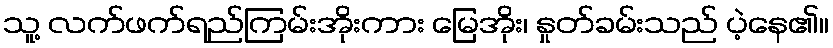
သူ့ လက်ဖက်ရည်ကြမ်းအိုးကား မြေအိုး၊ နှုတ်ခမ်းသည် ပဲ့နေ၏။